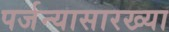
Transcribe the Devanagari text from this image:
पर्जन्यासारख्या